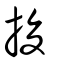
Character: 捘